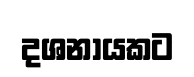
දශනායකට